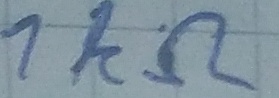
Text: 1kΩ